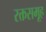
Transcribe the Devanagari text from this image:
रक्तसमूह